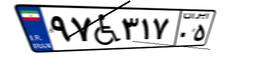
۹۷W۳۱۷۰۵